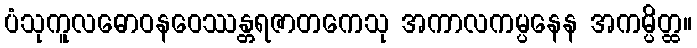
ပံသုကူလဓောဝနဝေဿန္တရဇာတကေသု အကာလကမ္ပနေန အကမ္ပိတ္ထ။